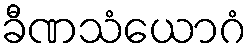
ခီဏသံယောဂံ